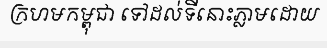
ក្រហមកម្ពុជា ទៅដល់ទីនោះភ្លាមដោយ